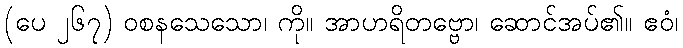
(ပေ ၂၆၇) ဝစနသေသော၊ ကို။ အာဟရိတဗ္ဗော၊ ဆောင်အပ်၏။ ဧဝံ၊